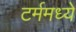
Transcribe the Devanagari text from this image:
टर्ममध्ये